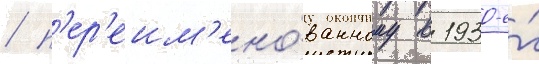
/ п'ер'еим'ено́ванному в 1930-е́